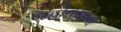
જહોનસનની